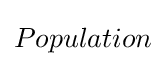
Population